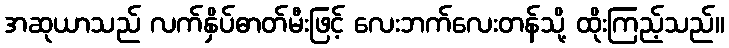
အဆုယာသည် လက်နှိပ်ဓာတ်မီးဖြင့် လေးဘက်လေးတန်သို့ ထိုးကြည့်သည်။